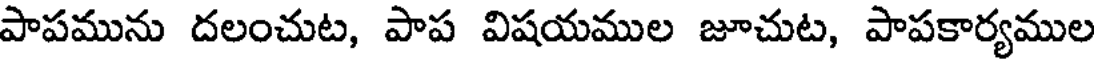
పాపమును దలంచుట, పాప విషయముల జూచుట, పాపకార్యముల